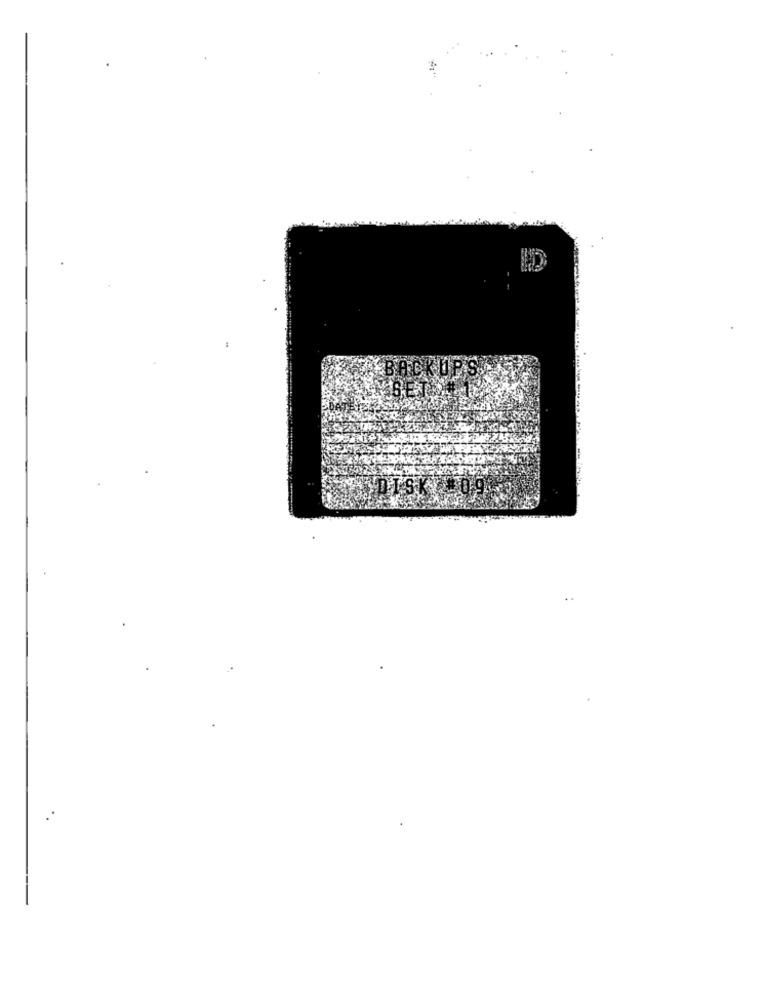
SET